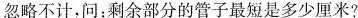
忽略不计，问：剩余部分的管子最短是多少厘米?